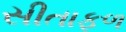
સીતાફળ